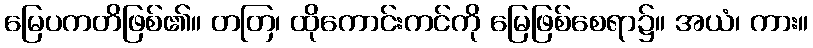
မြေပကတိဖြစ်၏။ တတြ၊ ထိုကောင်းကင်ကို မြေဖြစ်စေရာ၌။ အယံ၊ ကား။